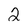
Character: 2